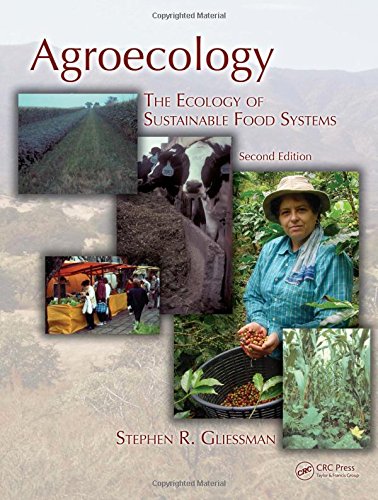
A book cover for Agroecology: The Ecology of Sustainable Food Systems, Second Edition; Stephen R. Gliessman; Science & Math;